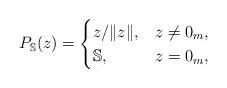
LaTeX: \begin{align*}P_{\mathbb{S}}(z) = \begin{cases}z/\|z\|, & z\neq 0_m, \\\mathbb{S}, & z=0_m, \\\end{cases}\end{align*}